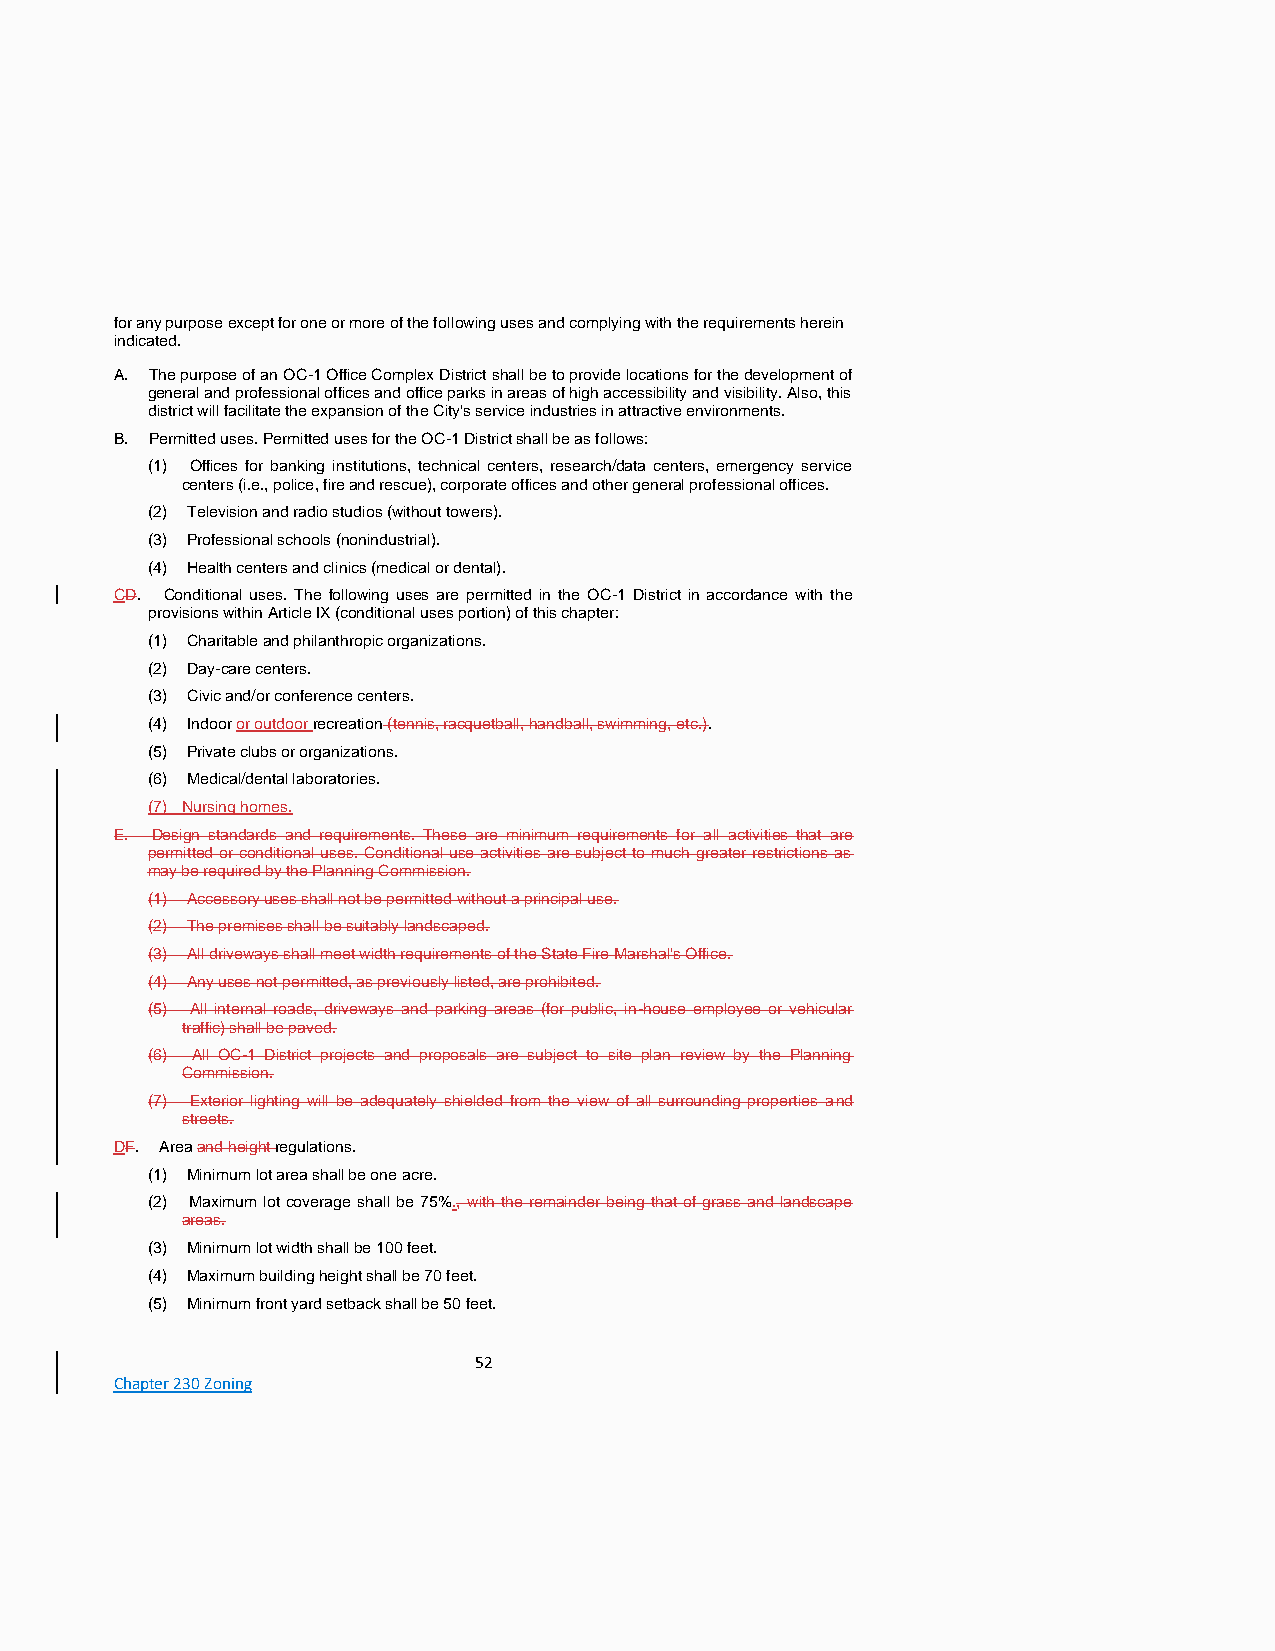
for any purpose except for one or more of the following uses and complying with the requirements herein
 indicated.
 A. The purpose of an OC-1 Office Complex District shall be to provide locations for the development of
 general and professional offices and office parks in areas of high accessibility and visibility. Also, this
 district will facilitate the expansion of the City's service industries in attractive environments.
 B. Permitted uses. Permitted uses for the OC-1 District shall be as follows:
 (1) Offices for banking institutions, technical centers, research/data centers, emergency service
 centers (i.e., police, fire and rescue), corporate offices and other general professional offices.
 (2) Television and radio studios (without towers).
 (3) Professional schools (nonindustrial).
 (4) Health centers and clinics (medical or dental).
 CD. Conditional uses. The following uses are permitted in the OC-1 District in accordance with the
 provisions within Article IX (conditional uses portion) of this chapter:
 (1) Charitable and philanthropic organizations.
 (2) Day-care centers.
 (3) Civic and/or conference centers.
 (4) Indoor or outdoor recreation (tennis, racquetball, handball, swimming, etc.).
 (5) Private clubs or organizations.
 (6) Medical/dental laboratories.
 (7) Nursing homes.
 E. Design standards and requirements. These are minimum requirements for all activities that are
 permitted or conditional uses. Conditional use activities are subject to much greater restrictions as
 may be required by the Planning Commission.
 (1) Accessory uses shall not be permitted without a principal use.
 (2) The premises shall be suitably landscaped.
 (3) All driveways shall meet width requirements of the State Fire Marshal's Office.
 (4) Any uses not permitted, as previously listed, are prohibited.
 (5) All internal roads, driveways and parking areas (for public, in-house employee or vehicular
 traffic) shall be paved.
 (6) All OC-1 District projects and proposals are subject to site plan review by the Planning
 Commission.
 (7) Exterior lighting will be adequately shielded from the view of all surrounding properties and
 streets.
 DF. Area and height regulations.
 (1) Minimum lot area shall be one acre.
 (2) Maximum lot coverage shall be 75%., with the remainder being that of grass and landscape
 areas.
 (3) Minimum lot width shall be 100 feet.
 (4) Maximum building height shall be 70 feet.
 (5) Minimum front yard setback shall be 50 feet.
 52
 Chapter 230 Zoning